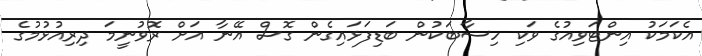
އެކަމަކު އިންޓަވިއުގެ ވަކި ހިސާބަކުން ބަޑިފަޅައިގެން ގޮސް އޭނާ އަށް ރޮވުނީމަ ދިރިއުޅުމުގެ